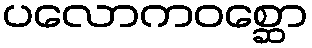
ပလောကဝစ္ဆော